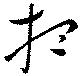
想